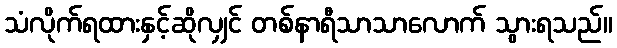
သံလိုက်ရထားနှင့်ဆိုလျှင် တစ်နာရီသာသာလောက် သွားရသည်။